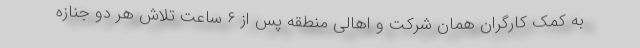
به کمک کارگران همان شرکت و اهالی منطقه پس از ۶ ساعت تلاش هر دو جنازه